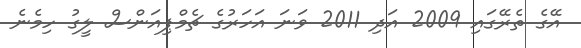
އޭގެ ތެރޭގައި 2009 އަދި 2011 ވަނަ އަހަރުގެ ޗެމްޕިއަންސް ލީގު ހިމެނެ